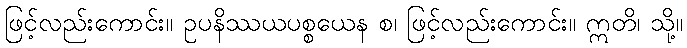
ဖြင့်လည်းကောင်း။ ဥပနိဿယပစ္စယေန စ၊ ဖြင့်လည်းကောင်း။ ဣတိ၊ သို့။